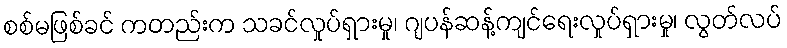
စစ်မဖြစ်ခင် ကတည်းက သခင်လှုပ်ရှားမှု၊ ဂျပန်ဆန့်ကျင်ရေးလှုပ်ရှားမှု၊ လွတ်လပ်